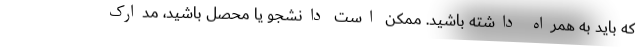
که باید به همراه داشته باشید. ممکن است دانشجو یا محصل باشید، مدارک